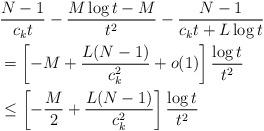
LaTeX: \begin{align*}&\frac{N-1}{c_{k} t}-\frac {M\log t-M}{t^2} -\frac{N-1}{c_{k} t+L\log t}\\&=\left[-M+\frac{L(N-1)}{c_{k}^2}+o(1)\right]\frac{\log t}{t^2}\\&\leq\left[-\frac M2+\frac{L(N-1)}{c_{k}^2}\right]\frac{\log t}{t^2}\end{align*}